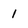
Character: 1